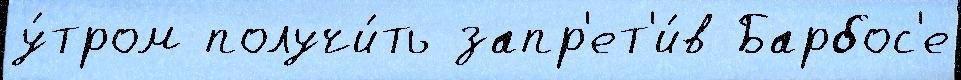
у́тром получи́ть запр'ет'и́в Барбос'е